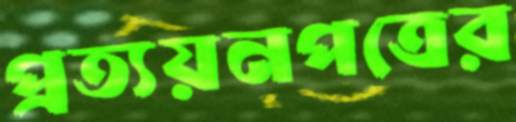
প্রত্যয়নপত্রের